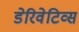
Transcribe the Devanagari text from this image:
डेरिवेटिव्स